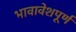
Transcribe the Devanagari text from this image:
भावावेशपूर्ण